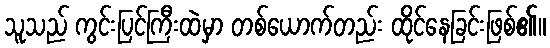
သူသည် ကွင်းပြင်ကြီးထဲမှာ တစ်ယောက်တည်း ထိုင်နေခြင်းဖြစ်၏။